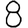
Digit: 8